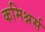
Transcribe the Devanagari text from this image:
कमिश्नर्स